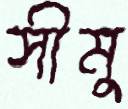
সীমু